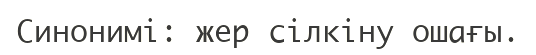
Синонимі: жер сілкіну ошағы.